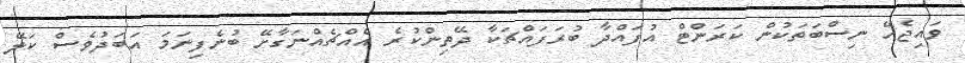
ވައިޖެހޭ ނިސްބަތަކުން ކަރަންޓް އުފައްދާ ބުރަފައްޗަކާ ދޭތިންކުރެ އެއްޗެއްނަގާށޭ ބުނެފިނަމަ އަބަދުވެސް ކަލޭ